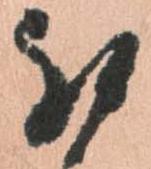
被